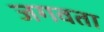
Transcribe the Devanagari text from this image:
जगवता